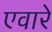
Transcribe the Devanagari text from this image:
एवारे